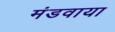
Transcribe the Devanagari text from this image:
मंडवाया